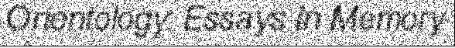
Orientology: Essays in Memory